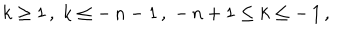
LaTeX: \: k \geq 1 \, , \; k \leq - \, n - 1 \, , \; - \, n + 1 \leq k \leq - \, 1 \, , \: